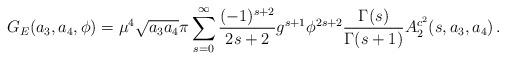
LaTeX: \begin{align*}G_{E}(a_{3},a_{4},\phi)=\mu^{4}\sqrt{a_{3}a_{4}}\pi\sum^{\infty}_{s=0}\frac{(-1)^{s+2}}{2s+2}g^{s+1}\phi^{2s+2}\frac{\Gamma(s)}{\Gamma(s+1)}A^{c^{2}}_{2}(s,a_{3},a_{4})\, . \end{align*}